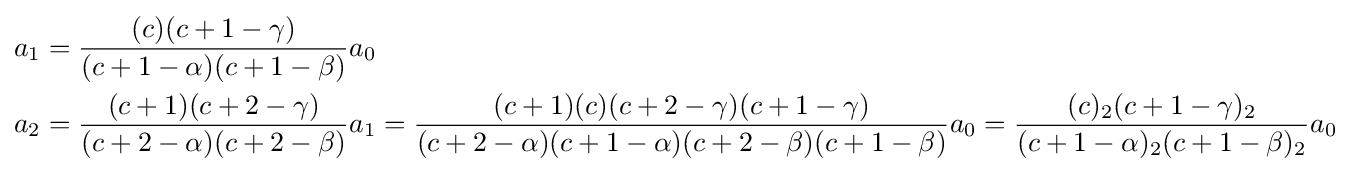
{\begin{aligned}a_{1}&={\frac {(c)(c+1-\gamma )}{(c+1-\alpha )(c+1-\beta )}}a_{0}\\a_{2}&={\frac {(c+1)(c+2-\gamma )}{(c+2-\alpha )(c+2-\beta )}}a_{1}={\frac {(c+1)(c)(c+2-\gamma )(c+1-\gamma )}{(c+2-\alpha )(c+1-\alpha )(c+2-\beta )(c+1-\beta )}}a_{0}={\frac {(c)_{2}(c+1-\gamma )_{2}}{(c+1-\alpha )_{2}(c+1-\beta )_{2}}}a_{0}\end{aligned}}